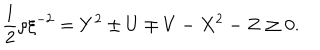
\frac { 1 } { 2 } \rho \xi ^ { - 2 } = Y ^ { 2 } \pm U \mp V - X ^ { 2 } - Z \geq 0 .